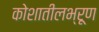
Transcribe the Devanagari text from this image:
कोशातीलभ्रूण